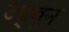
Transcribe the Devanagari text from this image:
उड्वुन